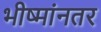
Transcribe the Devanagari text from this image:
भीष्मांनतर